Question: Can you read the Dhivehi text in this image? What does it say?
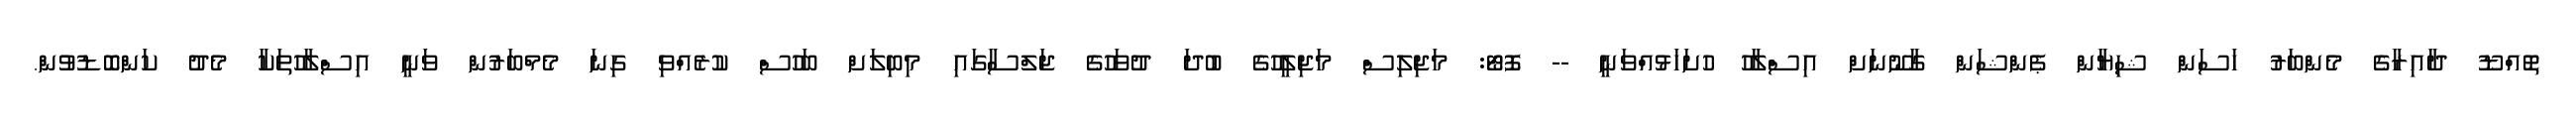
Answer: ތޮއްޑޫ ދާއިރާގެ މެންބަރު ހަސަން ޝިޔާން ޕެންޝަން ގާނޫނަށް އިސްލާހު ހުށަހަޅުއްވަނީ -- ފޮޓޯ: މަޖިލިސް މަޖިލީހުގެ ބުދަ ދުވަހުގެ ޖަލްސާގައި މިބިލަށް ބަހުސް ކުރެއްވި ގިނަ މެމްބަރުން ވަނީ އިސްލާހުތަކާ މެދު ކަންބޮޑުވުން.